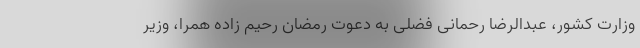
وزارت کشور، عبدالرضا رحمانی فضلی به دعوت رمضان رحیم زاده همرا، وزیر